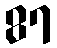
87